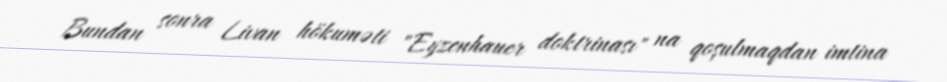
Bundan sonra Livan hökuməti "Eyzenhauer doktrinası" na qoşulmaqdan imtina